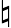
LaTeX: \natural